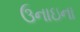
ઉનાઇના